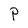
Character: P